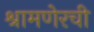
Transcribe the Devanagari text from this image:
श्रामणेरची